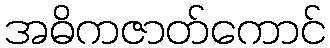
အဓိကဇာတ်ကောင်